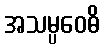
အသမ္ပဝေဓိ